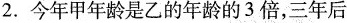
2.今年甲年龄是乙的年龄的3倍，三年后